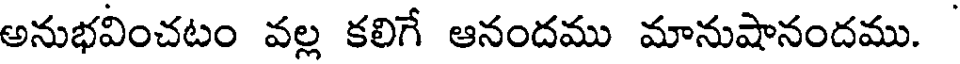
అనుభవించటం వల్ల కలిగే ఆనందము మానుషానందము.